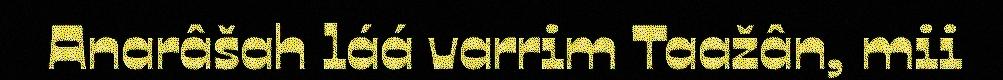
Anarâšah láá varrim Taažân, mii